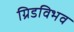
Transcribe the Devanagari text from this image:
ग्रिडविभव